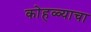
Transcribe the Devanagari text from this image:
कोहळ्याचा